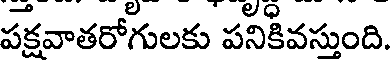
పక్షవాతరోగులకు పనికివస్తుంది.